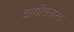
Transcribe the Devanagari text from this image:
वागीशनारद